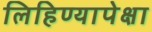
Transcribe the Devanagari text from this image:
लिहिण्यापेक्षा